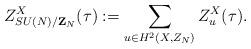
LaTeX: \begin{align*}Z_{SU(N)/{\bf Z}_N}^X(\tau):= \sum_{u\in H^2(X,Z_N)} Z_u^X(\tau).\end{align*}